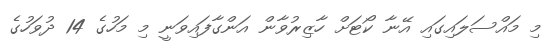
މި މައްސަލައިގައި އޭނާ ކޯޓަށް ހާޒިރުވާން އަންގާފައިވަނީ މި މަހުގެ 14 ދުވަހުގެ